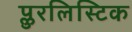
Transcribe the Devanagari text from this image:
प्लुरलिस्टिक